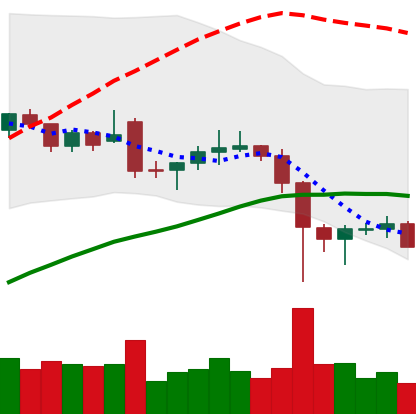
Ticker: LTC-USD
Chart end date: 2021-12-09
Forward return: -3.766%
Label: down_3_5